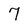
Character: 7